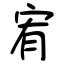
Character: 宥